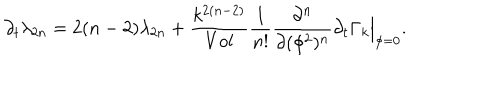
\partial _ { t } \lambda _ { 2 n } = 2 ( n - 2 ) \lambda _ { 2 n } + { \frac { k ^ { 2 ( n - 2 ) } } { V o l } } { \frac { 1 } { n ! } } { \frac { \partial ^ { n } } { \partial ( \phi ^ { 2 } ) ^ { n } } } \partial _ { t } \Gamma _ { k } \Big | _ { \phi = 0 } .